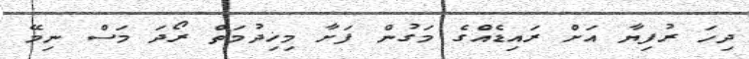
ދިހަ ރުފިޔާ އަށް ރައިޑެއްގެ މަގުން ފަށާ މިޚިދުމަތް ރޯދަ މަސް ނިމޭ